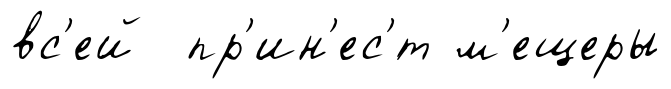
вс'ей пр'ин'ес'́т м'ещеры